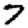
Digit: 7